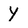
Character: Y